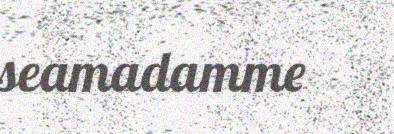
seamadamme